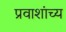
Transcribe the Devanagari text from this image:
प्रवाशांच्य